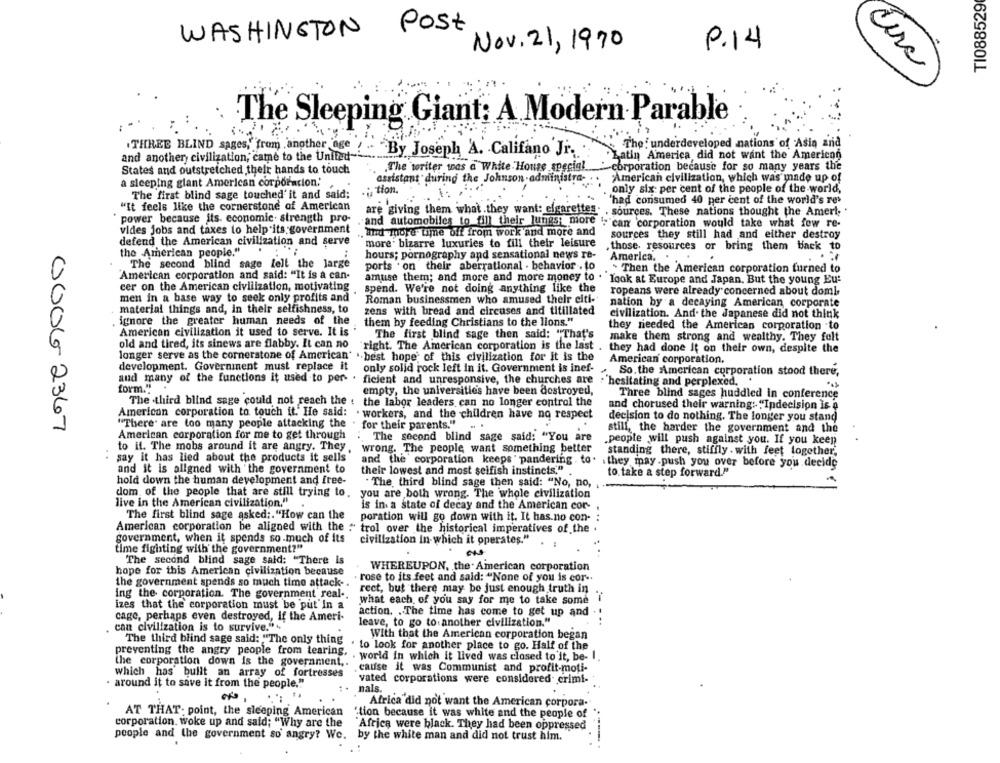
TI088529
WASHINGTON Post
Nov. 21, 1970
P.14
-
The Sleeping Giant: A Modern Parable
The : underdeveloped nations of Asia and
and another civilization, came to the United-
THREE BLIND sages, from another age ! By Joseph A. Califano Jr.
Latin America did not want the American
.The writer was a White House special
-corporation because for so many years the
States and outstretched their hands to touch
a sleeping giant American corporacion.'
assistant during the Johnson-administra-
"American civilization, which was made up of
:tion.
only six per cent of the people of the world,
The first blind sage touched' it and said;
"It feels like the cornerstone of American
'had consumed 40 per cent of the world's res
are giving them what they want: cigarettes
sources. These nations thought the Amerl;
power because its. economic. strength pro-
and automobiles to fill their lungs; more
vides jobs and taxes to help its government
"can corporation would take what few re-
and more time off from work and more and
sources they still had and either destroy
defend the American civilization and serve
more' bizarre luxuries to fill their leisure
the American people."
those. resources or bring them back to
hours; pornography and sensational news re-
America.
The second blind sage lelt the large
ports . on their aberrational . behavior . to
American corporation and said: "It is a can-
. Then the American corporation furned to
amtise them; and more and more money to .
look at Europe and Japan. But the young Eu-
cer on the American civilization, motivating
spend. We're not doing anything like the
ropeans were already concerned about doml
men in a base way to seek only profits and
Roman businessmen who amused their citi-
nation by a decaying American corporate
material things and, in their selfishness, to
zens with bread and circuses and titillated
civilization. And- the Japanese did not think
ignore the greater human needs of the
them by feeding Christians to the lions."
they needed the American corporation to
American civilization it used to serve. It is
The first blind sage then said: "That's
old and tired, its sinews are flabby. It can no
make them strong and wealthy. They felt
"right. The American corporation is the last .
they had done It on their own, despite the
longer serve as the cornerstone of American' .. best hope of this civilization for it is the
American corporation.
development. Government must replace it
only solid rock left In it. Government is inef-
So, the American corporation stood there,
and many of the functions it used to per-
ficient and unresponsive, the churches are
'hesitating and perplexed.
form."
empty, the universities have been destroyed,
Three blind sages huddled in conference
The third blind sage could not reach the . the labor leaders can no longer control the
and chorused their warning: "Ipdecision is a
American corporation to touch it. He said: . workers, and the children have no respect
decision to do nothing. The longer you stand
0006 2367
"There' are too many people attacking the
for their parents."
American corporation for me to get through
The second blind sage said: "You are
still, the harder the government and the
.people will push against you. If you keen
to il. The mobs around it are angry. They.
wrong. The people want something better
standing there, stiffly . with feet together,
say it has lied about the products it sells
and the corporation keeps ' pandering . to. ithey may.push you over before you decide
and it is aligned with the government to
their lowest and most selfish instincts."
to. take a step forward."
hold down the human development and free-
. The third blind sage then said: "No, no,
dom of the people that are still trying to.
you are both wrong. The whole civilization
live in the American civilization."
is in a state of decay and the American cor-
The first blind sage asked ;. "How can the
poration will go down with it. It has no con-
American corporation be aligned with the : trol over the historical imperatives of the .
government, when it spends so much of its
civilization In-which it operates."
time fighting with the government?"
The second blind sage said: "There Is
hope for this American civilization because
WHEREUPON, the American corporation
rose to its feet and said: "None of you is cor -.
the government spends so much time attack -.
ing the corporation. The government real ..
rect, but there may be just enough truth in
what each of you say for me to take some i
izes that the corporation must be put In a
cage, perhaps even destroyed, if the Ameri-
action. . The time has come to get up and
can civilization is to survive."
leave, to go to another civilization."
The third blind sage said: "The only thing
With that the American corporation began
. to look for another place to go. Half of the
preventing the angry people from tearing. . world In which it lived was closed to it, be- I.
the corporation down is the government ..
cause it was Communist and profit-moti-
which has built an array of fortresses
vated corporations were considered crimi-
· around it to save it from the people."
nals.
Africa did not want the American corpora-
AT THAT: point, the sleeping American
'tion because it was white and the people of
corporation. woke up and said; "Why are the
"Africa were black. They had been oppressed
people and the government so angry? We.
by the white man and did not trust him.
-----